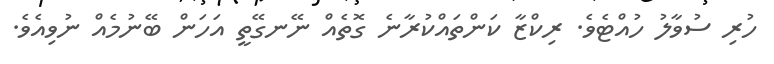
ހުރި ސުވާލު ހުއްޓެވެ. ރިކްޒާ ކަންތައްކުރާނެ ގޮތެއް ނޭނގޭތީ އަހަން ބޭނުމެއް ނުވިއެވެ.